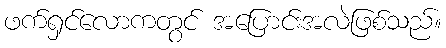
ဖက်ရှင်လောကတွင် အပြောင်းအလဲဖြစ်သည်။